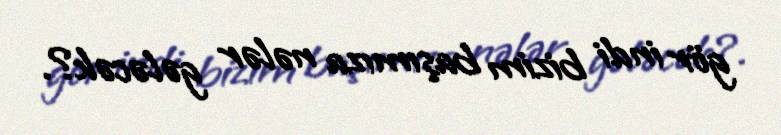
gör indi bizim başımıza nələr gələcək?.